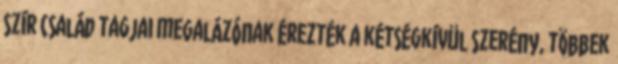
szír család tagjai megalázónak érezték a kétségkívül szerény, többek